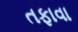
તફાવા